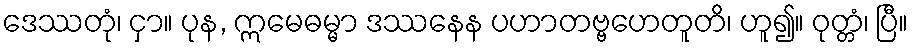
ဒေဿတုံ၊ ငှာ။ ပုန, ဣမေဓမ္မာ ဒဿနေန ပဟာတဗ္ဗဟေတူတိ၊ ဟူ၍။ ဝုတ္တံ၊ ပြီ။